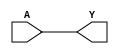
module BUFX2 (A, Y);
input  A ;
output Y ;

   buf (Y, A);

   specify
     // delay parameters
     specparam
       tpllh$A$Y = 0.19:0.19:0.19,
       tphhl$A$Y = 0.18:0.18:0.18;

     // path delays
     (A *> Y) = (tpllh$A$Y, tphhl$A$Y);

   endspecify

endmodule